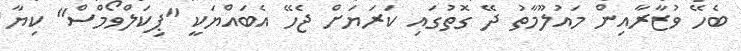
ބެހޭ ވުޒާރާއިން މައުލޫމާތު ދޭ ގޮތުގައި ކަރަޔަށް ޖެހޭ އެބައްޔަކީ "ޕިކަލްވޯމްސް" ކިޔާ